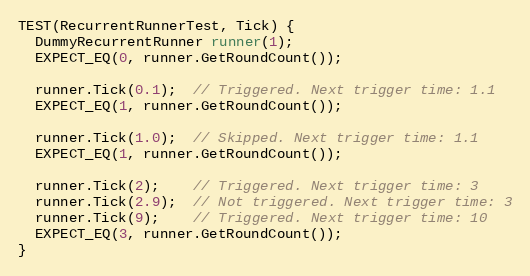
Language: C++
TEST(RecurrentRunnerTest, Tick) {
  DummyRecurrentRunner runner(1);
  EXPECT_EQ(0, runner.GetRoundCount());

  runner.Tick(0.1);  // Triggered. Next trigger time: 1.1
  EXPECT_EQ(1, runner.GetRoundCount());

  runner.Tick(1.0);  // Skipped. Next trigger time: 1.1
  EXPECT_EQ(1, runner.GetRoundCount());

  runner.Tick(2);    // Triggered. Next trigger time: 3
  runner.Tick(2.9);  // Not triggered. Next trigger time: 3
  runner.Tick(9);    // Triggered. Next trigger time: 10
  EXPECT_EQ(3, runner.GetRoundCount());
}